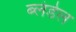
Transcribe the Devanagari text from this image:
ब्लंडेल